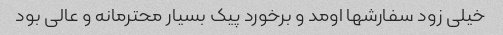
خیلی زود سفارشها اومد و برخورد پیک بسیار محترمانه و عالی بود